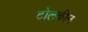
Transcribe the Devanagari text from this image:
टोलकीन